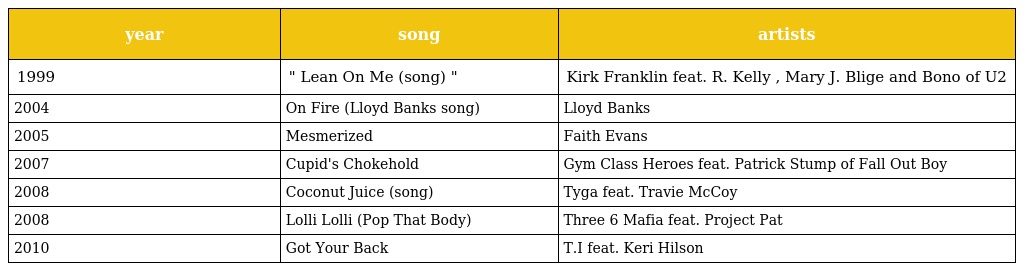
| year | song | artists |
 | --- | --- | --- |
 | 1999 | " Lean On Me (song) " | Kirk Franklin feat. R. Kelly , Mary J. Blige and Bono of U2 |
 | 2004 | On Fire (Lloyd Banks song) | Lloyd Banks |
 | 2005 | Mesmerized | Faith Evans |
 | 2007 | Cupid's Chokehold | Gym Class Heroes feat. Patrick Stump of Fall Out Boy |
 | 2008 | Coconut Juice (song) | Tyga feat. Travie McCoy |
 | 2008 | Lolli Lolli (Pop That Body) | Three 6 Mafia feat. Project Pat |
 | 2010 | Got Your Back | T.I feat. Keri Hilson |